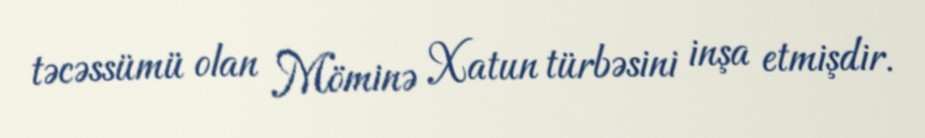
təcəssümü olan Möminə Xatun türbəsini inşa etmişdir.